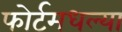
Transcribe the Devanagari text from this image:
फोर्टमधल्या